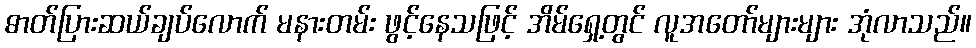
ဓာတ်ပြားဆယ်ချပ်လောက် မနားတမ်း ဖွင့်နေသဖြင့် အိမ်ရှေ့တွင် လူအတော်များများ အုံလာသည်။